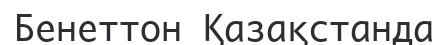
Бенеттон Қазақстанда